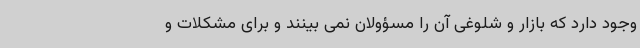
وجود دارد که بازار و شلوغی آن را مسؤولان نمی بینند و برای مشکلات و